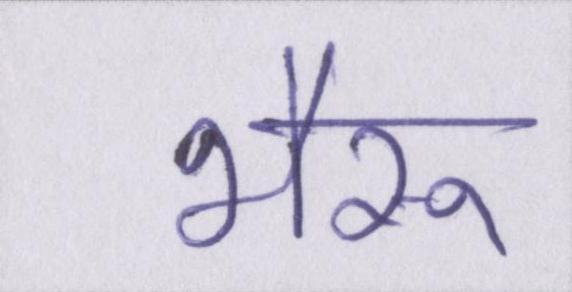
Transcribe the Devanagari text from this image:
भैरू